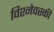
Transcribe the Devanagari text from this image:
विश्नेवस्की